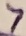
Text: 7